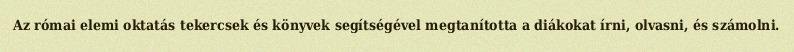
Az római elemi oktatás tekercsek és könyvek segítségével megtanította a diákokat írni, olvasni, és számolni.